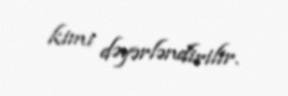
kimi dəyərləndirilir.